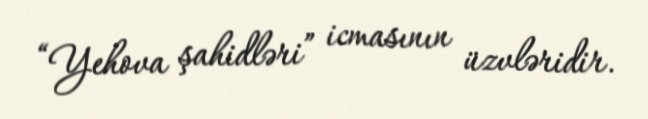
“Yehova şahidləri” icmasının üzvləridir.